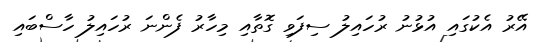
އޭރު އެކުގައި އުޅުނު ރުހައިލު ސިފަވި ގޮތާއި މިހާރު ފެންނަ ރުހައިލު ހާސްބައި